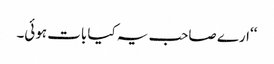
‘‘ارے صاحب یہ کیا بات ہوئی۔